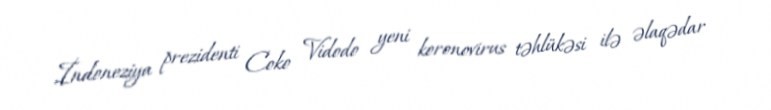
İndoneziya prezidenti Coko Vidodo yeni koronovirus təhlükəsi ilə əlaqədar